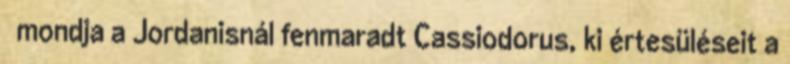
 mondja a Jordanisnál fenmaradt Cassiodorus, ki értesüléseit a